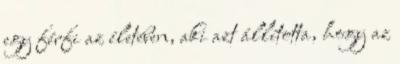
egy férfi az életében, aki azt állította, hogy az